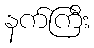
နက်ကြီး